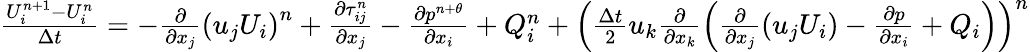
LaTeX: \begin{array}{r}{\frac{U_{i}^{n+1}-U_{i}^{n}}{\Delta t}=-\frac{\partial}{\partial{{x}_{j}}}{{\left({{u}_{j}}{{U}_{i}}\right)}^{n}}+\frac{\partial\tau_{ij}^{n}}{\partial{{x}_{j}}}-\frac{\partial{{p}^{n+\theta}}}{\partial{{x}_{i}}}+Q_{i}^{n}+{{\left(\frac{\Delta t}{2}{{u}_{k}}\frac{\partial}{\partial{{x}_{k}}}\left(\frac{\partial}{\partial{{x}_{j}}}\left({{u}_{j}}{{U}_{i}}\right)-\frac{\partial p}{\partial{{x}_{i}}}+{{Q}_{i}}\right)\right)}^{n}}}\end{array}